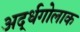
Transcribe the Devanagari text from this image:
अर्द्धगोलाक